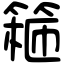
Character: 篐